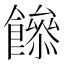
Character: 𩞼